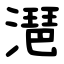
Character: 潖